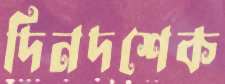
দিনদশেক